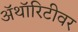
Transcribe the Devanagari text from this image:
ॲथॉरिटीवर